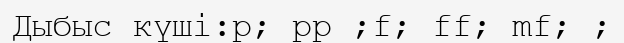
Дыбыс күші:p; pp ;f; ff; mf; ;